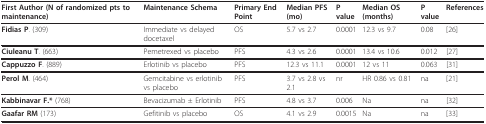
| First Author (N of randomized pts to maintenance) | Maintenance Schema | Primary End Point | Median PFS (mo) | P value | Median OS (months) | P value | References |
 | --- | --- | --- | --- | --- | --- | --- | --- |
 | Fidias P. (309) | Immediate vs delayed docetaxel | OS | 5.7 vs 2.7 | 0.0001 | 12.3 vs 9.7 | 0.08 | [26] |
 | Ciuleanu T. (663) | Pemetrexed vs placebo | PFS | 4.3 vs 2.6 | 0.0001 | 13.4 vs 10.6 | 0.012 | [27] |
 | Cappuzzo F. (889) | Erlotinib vs placebo | PFS | 12.3 vs 11.1 | 0.0001 | 12 vs 11 | 0.063 | [31] |
 | Perol M. (464) | Gemcitabine vs erlotinib vs placebo | PFS | 3.7 vs 2.8 vs 2.1 | nr | HR 0.86 vs 0.81 | na | [21] |
 | Kabbinavar F.* (768) | Bevacizumab ± Erlotinib | PFS | 4.8 vs 3.7 | 0.006 | Na | na | [32] |
 | Gaafar RM (173) | Gefitinib vs placebo | OS | 4.1 vs 2.9 | 0.0015 | Na | na | [33] |